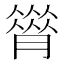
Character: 𦠗